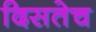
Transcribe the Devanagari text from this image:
दिसतेच